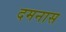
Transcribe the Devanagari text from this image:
दमनास